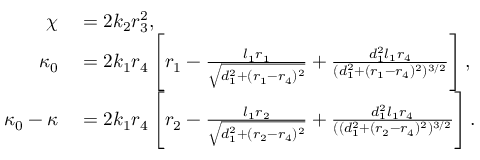
\begin{array} { r l } { \chi } & { { } = 2 k _ { 2 } r _ { 3 } ^ { 2 } , } \\ { \kappa _ { 0 } } & { { } = 2 k _ { 1 } r _ { 4 } \left[ r _ { 1 } - \frac { l _ { 1 } r _ { 1 } } { \sqrt { d _ { 1 } ^ { 2 } + ( r _ { 1 } - r _ { 4 } ) ^ { 2 } } } + \frac { d _ { 1 } ^ { 2 } l _ { 1 } r _ { 4 } } { ( d _ { 1 } ^ { 2 } + ( r _ { 1 } - r _ { 4 } ) ^ { 2 } ) ^ { 3 / 2 } } \right] , } \\ { \kappa _ { 0 } - \kappa } & { { } = 2 k _ { 1 } r _ { 4 } \left[ r _ { 2 } - \frac { l _ { 1 } r _ { 2 } } { \sqrt { d _ { 1 } ^ { 2 } + ( r _ { 2 } - r _ { 4 } ) ^ { 2 } } } + \frac { d _ { 1 } ^ { 2 } l _ { 1 } r _ { 4 } } { ( ( d _ { 1 } ^ { 2 } + ( r _ { 2 } - r _ { 4 } ) ^ { 2 } ) ^ { 3 / 2 } } \right] . } \end{array}